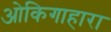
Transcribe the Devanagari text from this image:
ओकिगाहारा